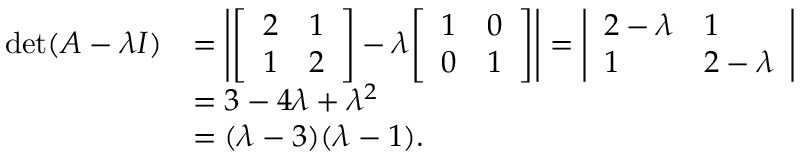
{ \begin{array} { r l } { \operatorname* { d e t } ( A - \lambda I ) } & { = \left| { \left[ \begin{array} { l l } { 2 } & { 1 } \\ { 1 } & { 2 } \end{array} \right] } - \lambda { \left[ \begin{array} { l l } { 1 } & { 0 } \\ { 0 } & { 1 } \end{array} \right] } \right| = { \left| \begin{array} { l l } { 2 - \lambda } & { 1 } \\ { 1 } & { 2 - \lambda } \end{array} \right| } } \\ & { = 3 - 4 \lambda + \lambda ^ { 2 } } \\ & { = ( \lambda - 3 ) ( \lambda - 1 ) . } \end{array} }